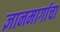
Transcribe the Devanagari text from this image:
ज्ञानमार्गाचा